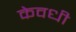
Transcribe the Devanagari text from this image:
केवधी